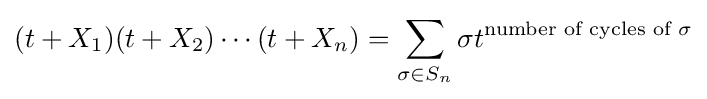
(t+X_{1})(t+X_{2})\cdots (t+X_{n})=\sum _{\sigma \in S_{n}}\sigma t^{{\text{number of cycles of }}\sigma }